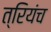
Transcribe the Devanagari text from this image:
त्रियंच